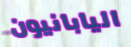
اليابانيون